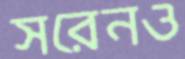
সরেনও